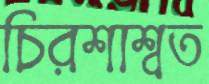
চিরশাশ্বত